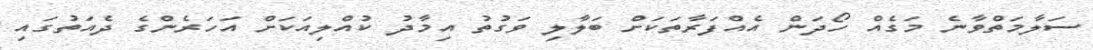
ސަލާމަތްވާނެ މަގެއް ހޯދަން އެއްފަރާތަކަށް ބަލާލި ވަގުތު އިމާދު ކުއްލިއަކަށް އަހަރެންގެ ދެއަތުގައި